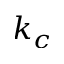
k _ { c }